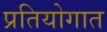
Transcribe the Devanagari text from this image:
प्रतियोगात